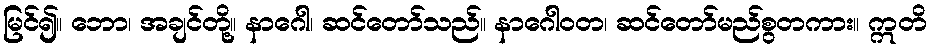
မြင်၍။ ဘော၊ အချင်တို့။ နာဂေါ၊ ဆင်တော်သည်။ နာဂေါဝတ၊ ဆင်တော်မည်စွတကား။ ဣတိ